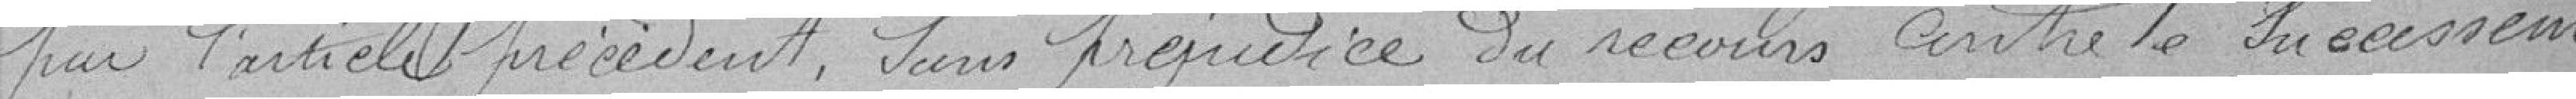
par l'article précédent, sous préjudice du recours contre le successeur